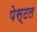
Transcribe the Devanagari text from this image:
पेस्‍टल